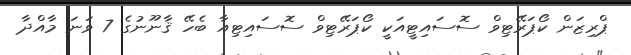
ޕްރިޒަން ކޯޕަރޭޓިވް ސޮސައިޓީއަކީ ކޯޕަރޭޓިވް ސޮސައިޓިއާ ބެހޭ ޤާނޫނުގެ 7 ވަނަ މާއްދާ